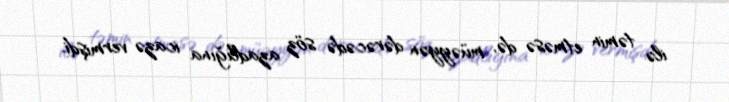
ilə təmin etməsə də, müəyyən dərəcədə söz azadlığına icazə vermişdi.